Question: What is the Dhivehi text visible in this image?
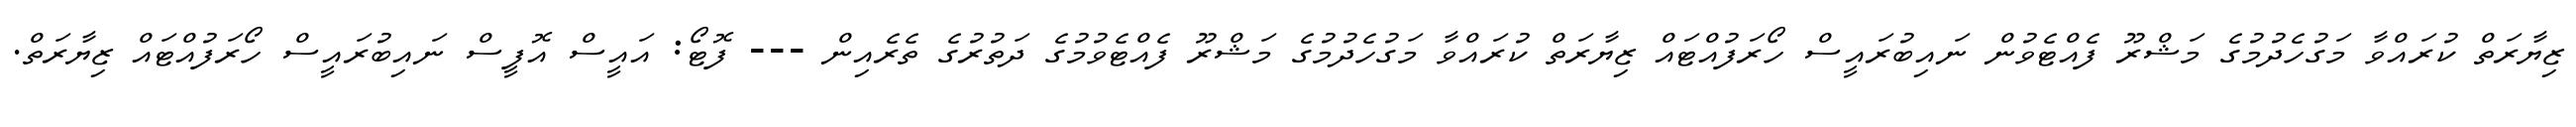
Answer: ޒިޔާރަތް ކުރައްވާ މަގުހެދުމުގެ މަޝްރޫ ފެއްޓެވުން ނައިބުރައީސް ހޯރަފުއްޓައް ޒިޔާރަތް ކުރައްވާ މަގުހެދުމުގެ މަޝްރޫ ފެއްޓެވުމުގެ ދަތުރުގެ ތެރެއިން --- ފޮޓޯ: އައީސް އޮފީސް ނައިބުރައީސް ހޯރަފުއްޓައް ޒިޔާރަތް.